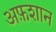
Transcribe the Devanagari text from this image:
अफ़शान